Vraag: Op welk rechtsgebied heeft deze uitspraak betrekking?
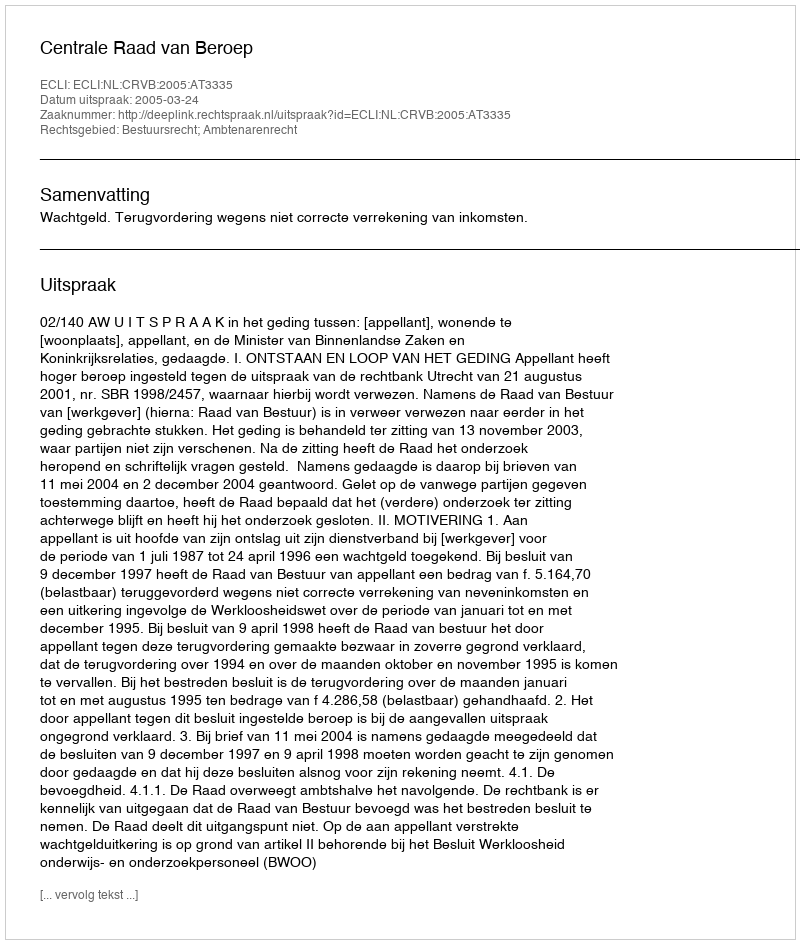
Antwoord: Bestuursrecht; Ambtenarenrecht